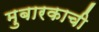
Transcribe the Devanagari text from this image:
मुबारकाची